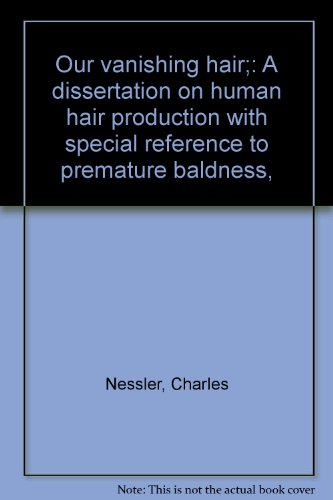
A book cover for Our vanishing hair. A dissertation on human hair production with special reference to premature baldness,; Charles Nessler; Health, Fitness & Dieting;